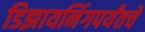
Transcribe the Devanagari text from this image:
डिझायनिंगपर्यंतचे